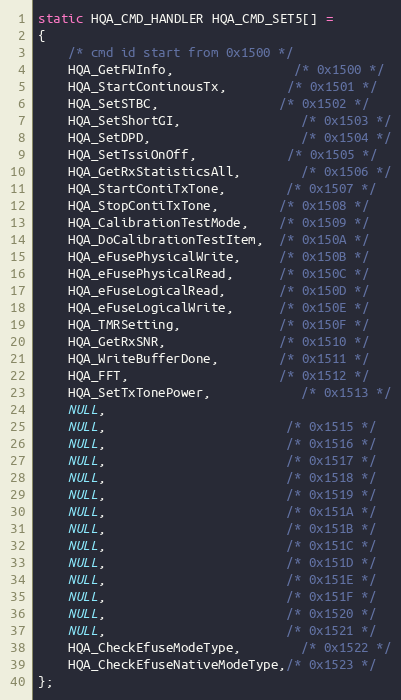
Language: C
static HQA_CMD_HANDLER HQA_CMD_SET5[] =
{
	/* cmd id start from 0x1500 */
	HQA_GetFWInfo,				/* 0x1500 */
	HQA_StartContinousTx,		/* 0x1501 */
	HQA_SetSTBC,				/* 0x1502 */
	HQA_SetShortGI,				/* 0x1503 */
	HQA_SetDPD,					/* 0x1504 */
	HQA_SetTssiOnOff,			/* 0x1505 */
	HQA_GetRxStatisticsAll,		/* 0x1506 */
	HQA_StartContiTxTone,		/* 0x1507 */
	HQA_StopContiTxTone,        /* 0x1508 */
	HQA_CalibrationTestMode,    /* 0x1509 */
	HQA_DoCalibrationTestItem,  /* 0x150A */
	HQA_eFusePhysicalWrite,     /* 0x150B */
	HQA_eFusePhysicalRead,      /* 0x150C */
	HQA_eFuseLogicalRead,       /* 0x150D */
	HQA_eFuseLogicalWrite,      /* 0x150E */
	HQA_TMRSetting,             /* 0x150F */
	HQA_GetRxSNR,               /* 0x1510 */
	HQA_WriteBufferDone,		/* 0x1511 */
	HQA_FFT,					/* 0x1512 */
	HQA_SetTxTonePower,			/* 0x1513 */
	NULL,
	NULL,						/* 0x1515 */
	NULL,						/* 0x1516 */
	NULL,						/* 0x1517 */
	NULL,						/* 0x1518 */
	NULL,						/* 0x1519 */
	NULL,						/* 0x151A */
	NULL,						/* 0x151B */
	NULL,						/* 0x151C */
	NULL,						/* 0x151D */
	NULL,						/* 0x151E */
	NULL,						/* 0x151F */
	NULL,						/* 0x1520 */
	NULL,						/* 0x1521 */
	HQA_CheckEfuseModeType,		/* 0x1522 */
	HQA_CheckEfuseNativeModeType,/* 0x1523 */
};